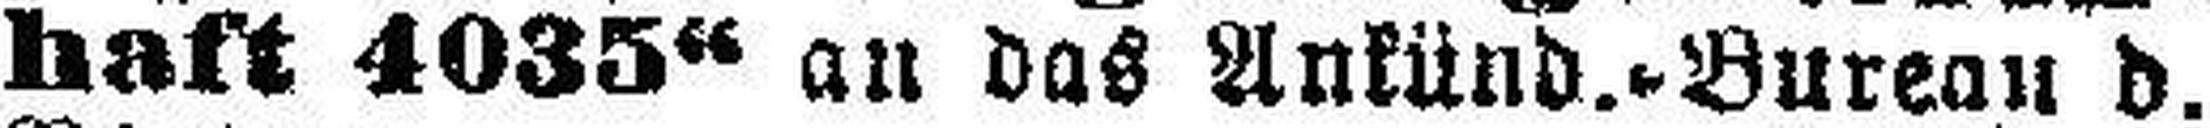
haft 4035“ an das Ankünd.=Bureau d.